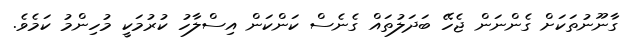
ގާނޫނުތަކަށް ގެންނަން ޖެހޭ ބަދަލުތައް ގެނެސް ކަންކަން އިސްލާހު ކުރުމަކީ މުހިންމު ކަމެވެ.